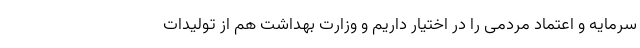
سرمایه و اعتماد مردمی را در اختیار داریم و وزارت بهداشت هم از تولیدات